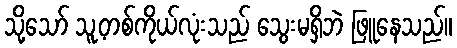
သို့သော် သူ့တစ်ကိုယ်လုံးသည် သွေးမရှိဘဲ ဖြူနေသည်။